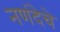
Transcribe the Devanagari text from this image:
नणंदेचे